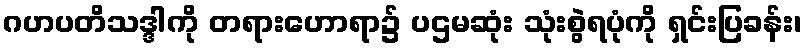
ဂဟပတိသဒ္ဒါကို တရားဟောရာ၌ ပဌမဆုံး သုံးစွဲရပုံကို ရှင်းပြခန်း၊